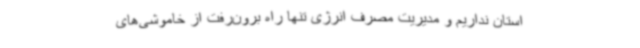
استان نداریم و مدیریت مصرف انرژی تنها راه برون‌رفت از خاموشی‌های